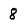
Character: 8